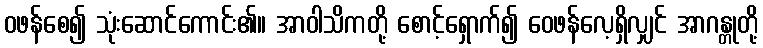
ဝဖန်စေ၍ သုံးဆောင်ကောင်း၏။ အာဝါသိကတို့ စောင့်ရှောက်၍ ဝေဖန်လေ့ရှိလျှင် အာဂန္တုတို့